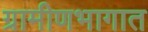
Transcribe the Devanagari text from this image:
ग्रामीणभागात